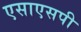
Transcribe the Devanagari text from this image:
एसाएसपी